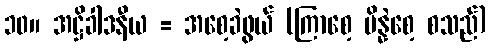
၁၀။ အဋ္ဌိခါဒနီယ = အစေ့ခဲဖွယ် (ကြာစေ့ ပိန္နဲစေ့ စသည်)